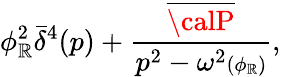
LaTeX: \phi_{\mathbb{R}}^{2}\bar{{\delta}}^{4}(p)+{\frac{{\overline{{{{{\calP}}}}}}}{{p^{2}-\omega^{2}{\scriptstyle(\phi_{\mathbb{R}})}}}},